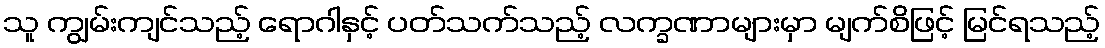
သူ ကျွမ်းကျင်သည့် ရောဂါနှင့် ပတ်သက်သည့် လက္ခဏာများမှာ မျက်စိဖြင့် မြင်ရသည့်